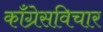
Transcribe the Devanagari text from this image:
काँग्रेसविचार